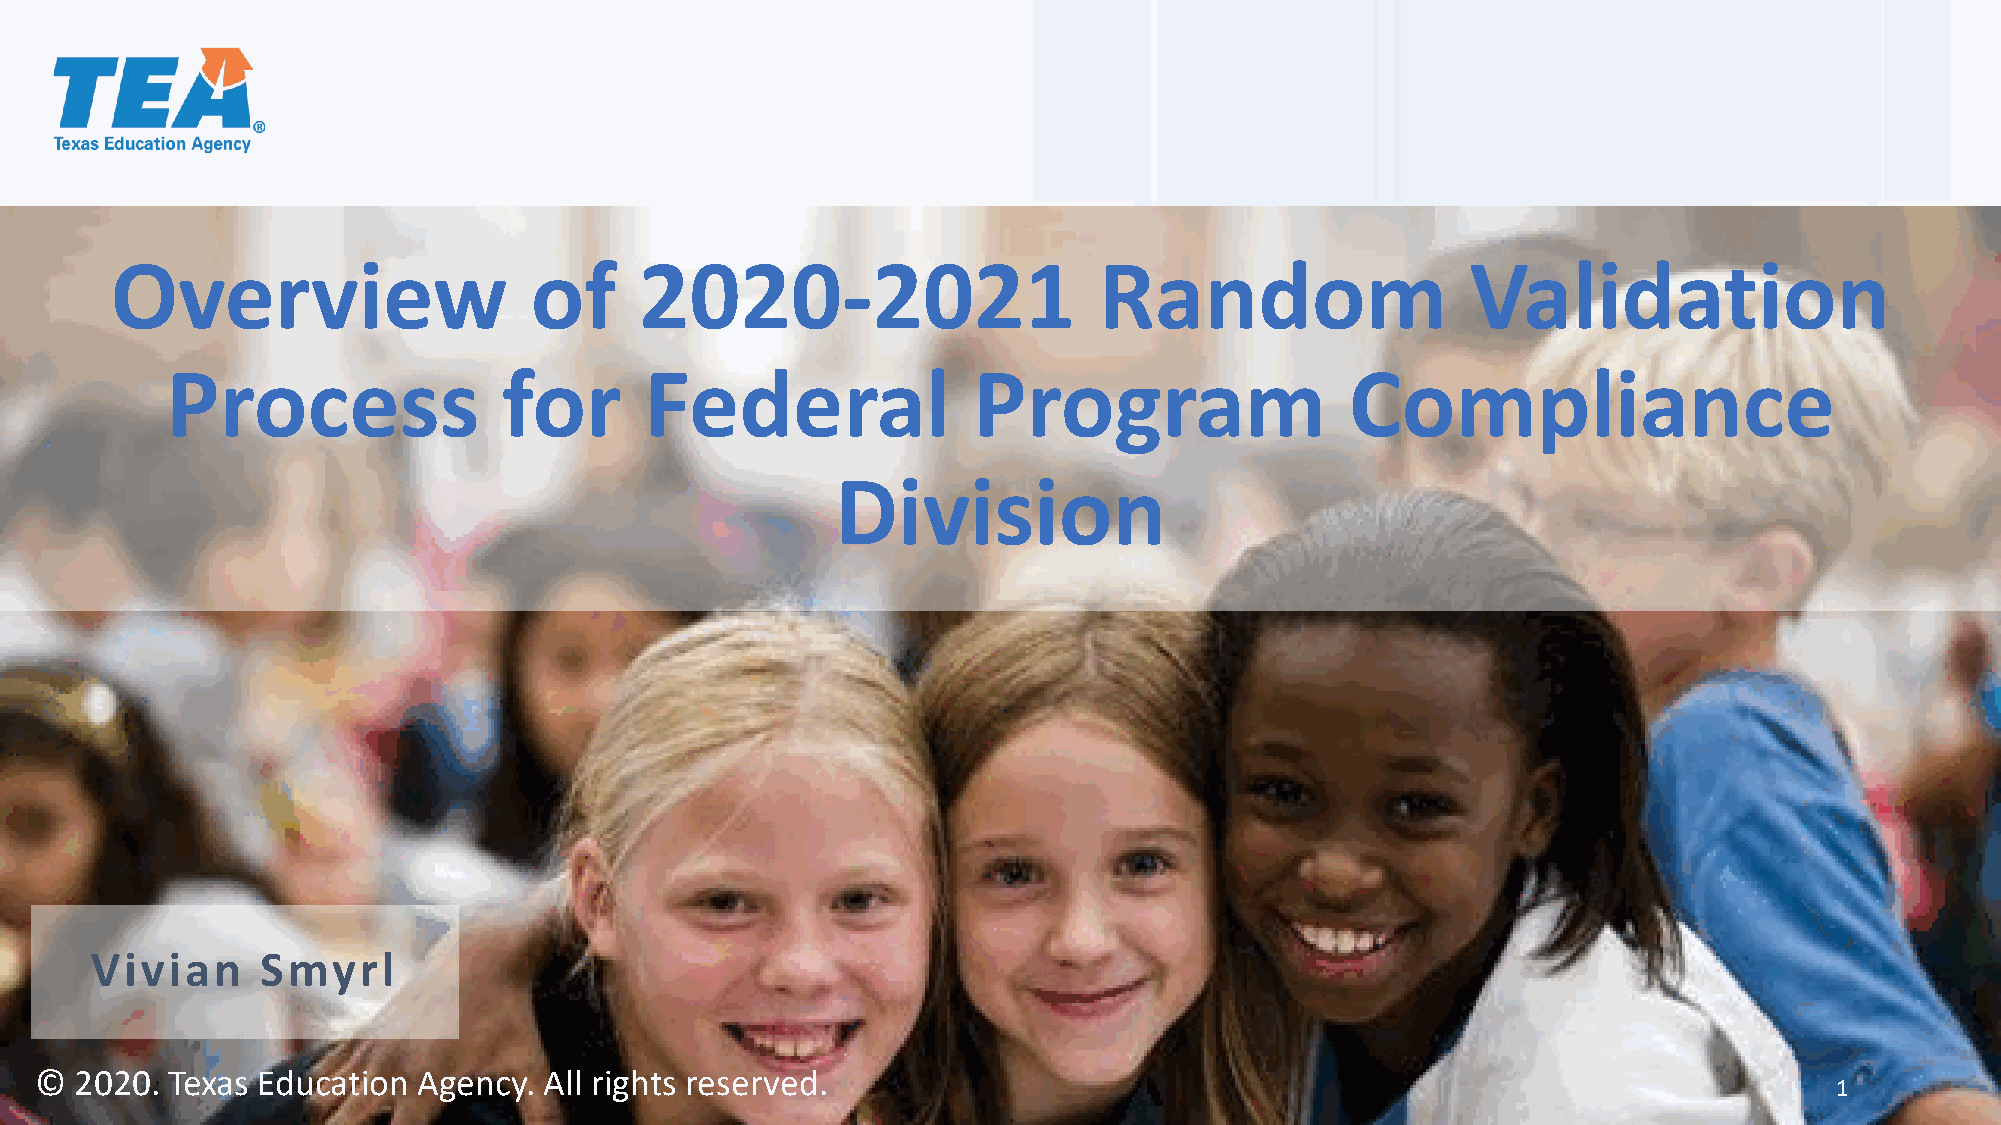
Overview                    of     2020-2021                      Random                  Validation
 Process               for       Federal              Program                  Compliance
 Division
 Vivian     Smyrl
 ©  2020. Texas Education  Agency. All rights reserved.
 1